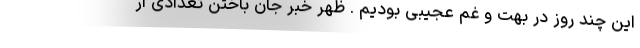
این چند روز در بهت و غم عجیبی بودیم . ظهر خبر جان باختن تعدادی از